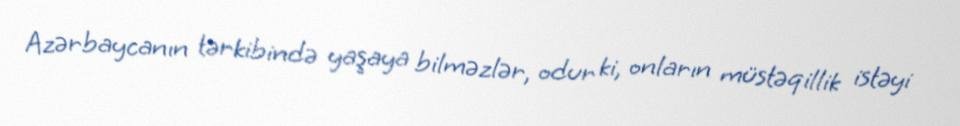
Azərbaycanın tərkibində yaşaya bilməzlər, odur ki, onların müstəqillik istəyi